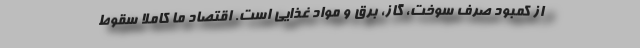
از کمبود صرف سوخت، گاز، برق و مواد غذایی است. اقتصاد ما کاملاً سقوط